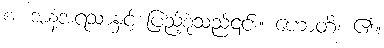
စ၊ အနံ့အရသာနှင့် ပြည့်စုံသည်၎င်း။ ဟောတိ၊ ၏။